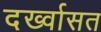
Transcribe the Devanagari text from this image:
दर्ख्वासत